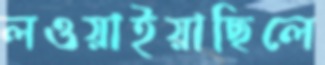
লওয়াইয়াছিলে